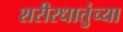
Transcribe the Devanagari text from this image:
शरीरधातुंच्या